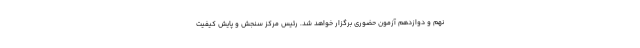
نهم و دوازدهم آزمون حضوری برگزار خواهد شد. رئیس مرکز سنجش و پایش کیفیت